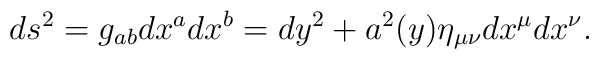
ds^2=g_{ab}dx^a dx^b=dy^2 + a^2(y)\eta_{\mu\nu}dx^\mu dx^\nu.